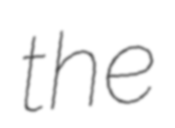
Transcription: the